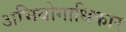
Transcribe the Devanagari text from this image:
अभियोगाधिकार